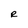
Character: R